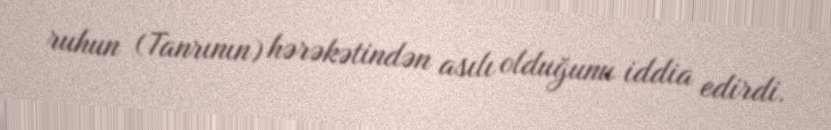
ruhun (Tanrının) hərəkətindən asılı olduğunu iddia edirdi.